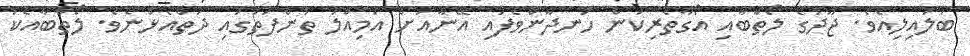
ބަލައިލިއެވެ. ޖޫދުގެ ލޯތްބާއި އޯގާތެރިކަން ހަނދާންވެފައި އޭނާއަށް އަމިއްލަ ތުންފަތުގައި ދަތްއެޅުނެވެ. ލޯތްބާއެކު